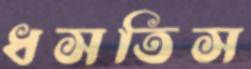
ধসতিস